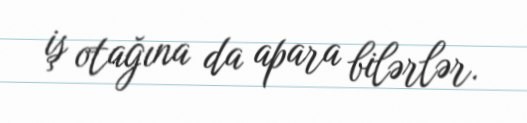
iş otağına da apara bilərlər.